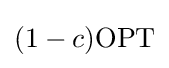
(1-c)\mathrm {OPT}